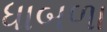
ધાબળા